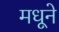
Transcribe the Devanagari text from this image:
मधूने